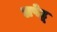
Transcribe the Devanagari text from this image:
लपेटू